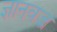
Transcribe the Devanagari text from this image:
ज्ञानवज्र